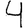
Digit: 4